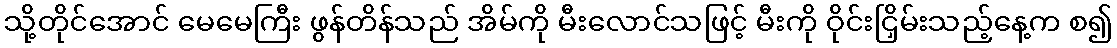
သို့တိုင်အောင် မေမေကြီး ဖွန်တိန်သည် အိမ်ကို မီးလောင်သဖြင့် မီးကို ဝိုင်းငြှိမ်းသည့်နေ့က စ၍